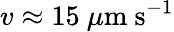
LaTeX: v\approx 15~\mu\mathrm{m}~\mathrm{s}^{-1}